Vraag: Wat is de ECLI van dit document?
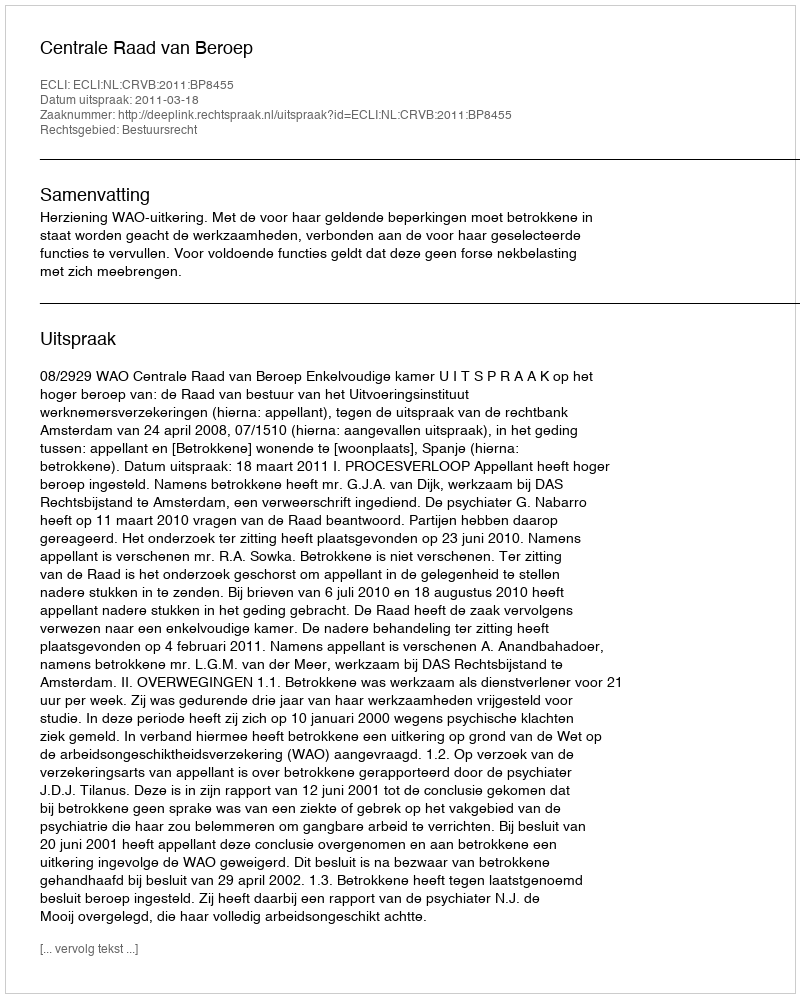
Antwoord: ECLI:NL:CRVB:2011:BP8455